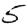
Digit: 5